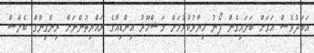
އަބަދުވެސް އަގަށް ބަލައިގެން ފޯނު ޚިޔާރުކުރުމަށް މަޝްހޫރު އިންޑިއާގެ ރައްޔިތުންނަށް ރިންގިންގް ބެލްސް